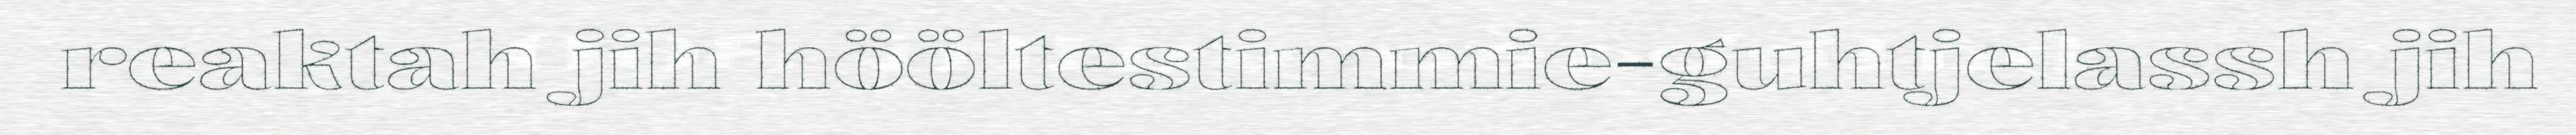
reaktah jih hööltestimmie-guhtjelassh jih